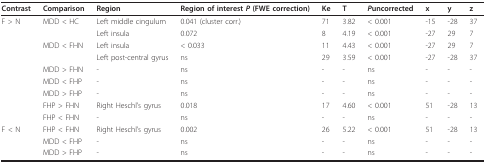
<table><thead><tr><td><b>Contrast</b></td><td><b>Comparison</b></td><td><b>Region</b></td><td><b>Region of interest <i>P </i>(FWE correction)</b></td><td><b>Ke</b></td><td><b>T</b></td><td><b><i>P</i>uncorrected</b></td><td><b>x</b></td><td><b>y</b></td><td><b>z</b></td></tr></thead><tbody><tr><td>F &gt; N</td><td>MDD &lt; HC</td><td>Left middle cingulum</td><td>0.041 (cluster corr.)</td><td>71</td><td>3.82</td><td>&lt; 0.001</td><td>-15</td><td>-28</td><td>37</td></tr><tr><td></td><td></td><td>Left insula</td><td>0.072</td><td>8</td><td>4.19</td><td>&lt; 0.001</td><td>-27</td><td>29</td><td>7</td></tr><tr><td></td><td>MDD &lt; FHN</td><td>Left insula</td><td>&lt; 0.033</td><td>11</td><td>4.43</td><td>&lt; 0.001</td><td>-27</td><td>29</td><td>7</td></tr><tr><td></td><td></td><td>Left post-central gyrus</td><td>ns</td><td>29</td><td>3.59</td><td>&lt; 0.001</td><td>-27</td><td>-28</td><td>37</td></tr><tr><td></td><td>MDD &gt; FHN</td><td>-</td><td>ns</td><td>-</td><td>-</td><td>ns</td><td>-</td><td>-</td><td>-</td></tr><tr><td></td><td>MDD &lt; FHP</td><td>-</td><td>ns</td><td>-</td><td>-</td><td>ns</td><td>-</td><td>-</td><td>-</td></tr><tr><td></td><td>MDD &gt; FHP</td><td>-</td><td>ns</td><td>-</td><td>-</td><td>ns</td><td>-</td><td>-</td><td>-</td></tr><tr><td></td><td>FHP &gt; FHN</td><td>Right Heschl&#x27;s gyrus</td><td>0.018</td><td>17</td><td>4.60</td><td>&lt; 0.001</td><td>51</td><td>-28</td><td>13</td></tr><tr><td></td><td>FHP &lt; FHN</td><td>-</td><td>ns</td><td>-</td><td>-</td><td>ns</td><td>-</td><td>-</td><td>-</td></tr><tr><td>F &lt; N</td><td>FHP &lt; FHN</td><td>Right Heschl&#x27;s gyrus</td><td>0.002</td><td>26</td><td>5.22</td><td>&lt; 0.001</td><td>51</td><td>-28</td><td>13</td></tr><tr><td></td><td>MDD &lt; FHP</td><td>-</td><td>ns</td><td>-</td><td>-</td><td>ns</td><td>-</td><td>-</td><td>-</td></tr><tr><td></td><td>MDD &gt; FHP</td><td>-</td><td>ns</td><td>-</td><td>-</td><td>ns</td><td>-</td><td>-</td><td>-</td></tr></tbody></table>